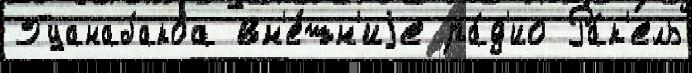
Гуанабакоа вн'е́шн'иjе ра́д'ио Ра́к'ель